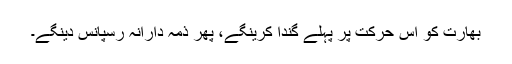
بھارت کو اس حرکت پر پہلے گندا کرینگے، پھر ذمہ دارانہ رسپانس دینگے۔